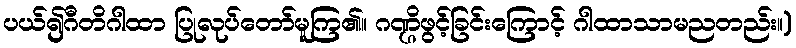
ပယ်၍ဂီတိဂါထာ ပြုလုပ်တော်မူကြ၏။ ဂဏ္ဌိဖွင့်ခြင်းကြောင့် ဂါထာသာမညတည်း။)